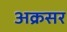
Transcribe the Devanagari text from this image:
अक्रसर